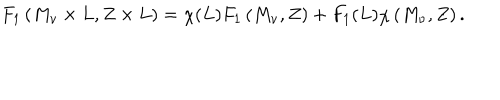
LaTeX: F _ { 1 } \left( M _ { \nu } \times L , Z \times L \right) = \chi ( L ) F _ { 1 } \left( M _ { \nu } , Z \right) + F _ { 1 } ( L ) \chi \left( M _ { \nu } , Z \right) .